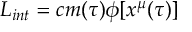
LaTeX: { \cal L } _ { i n t } = c m ( \tau ) \phi [ x ^ { \mu } ( \tau ) ]